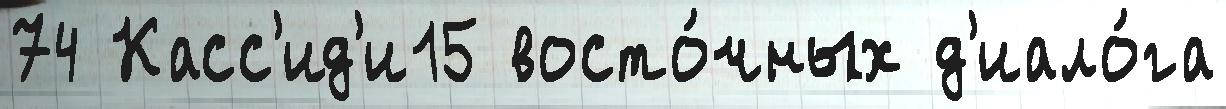
74 Касс'ид'и15 восто́чных д'иало́га